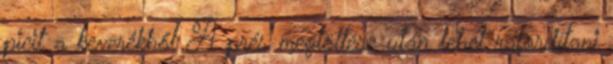
picit a keverékből A prés megtöltése után lehet ráfordítani